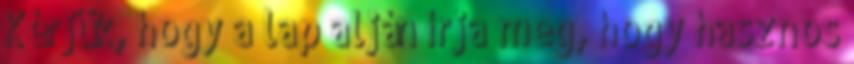
Kérjük, hogy a lap alján írja meg, hogy hasznos